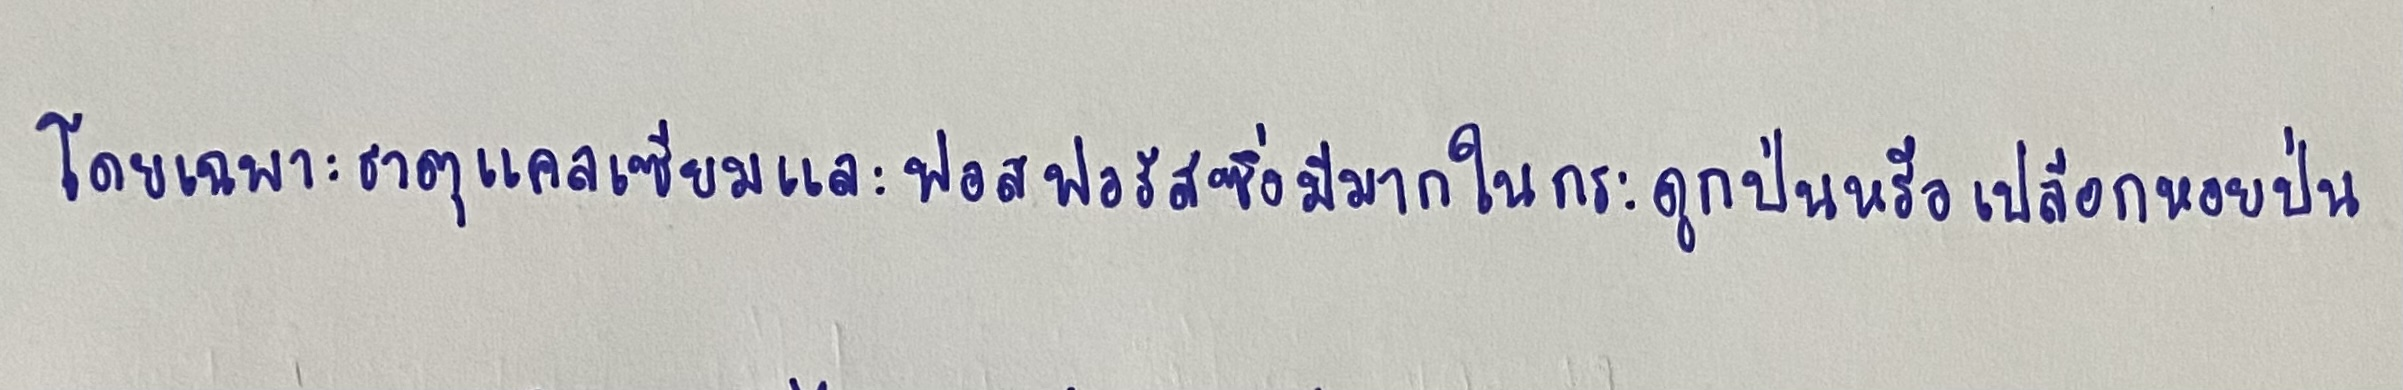
โดยเฉพาะธาตุแคลเซียมและฟอสฟอรัสซึ่งมีมากในกระดูกป่นหรือเปลือกหอยป่น